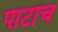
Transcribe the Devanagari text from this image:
पाटाच